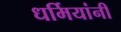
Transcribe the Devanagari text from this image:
धर्मियांनी